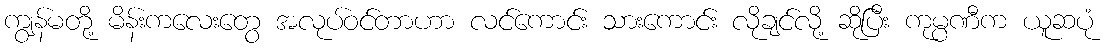
ကျွန်မတို့ မိန်းကလေးတွေ အလုပ်ဝင်တာဟာ လင်ကောင်း သားကောင်း လိုချင်လို့ ဆိုပြီး ကုမ္ပဏီက ယူဆပုံ